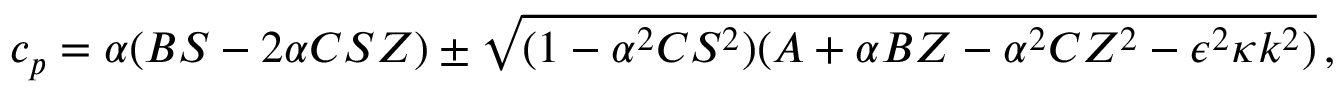
c _ { p } = \alpha ( B S - 2 \alpha C S Z ) \pm \sqrt { ( 1 - \alpha ^ { 2 } C S ^ { 2 } ) ( A + \alpha B Z - \alpha ^ { 2 } C Z ^ { 2 } - \epsilon ^ { 2 } \kappa k ^ { 2 } ) } \, ,